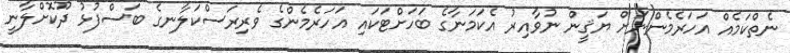
ނެތްކަމެއް އަހަރެމެންނަށް ޔަޤީން ނުވާއިރު އެކަމަނާގެ ބަހަށްޓަކައި އަހަރެމެންގެ ވެރިރަސްކަލާނގެ ބަސްފުޅު ދޫކޮށްލާނީ